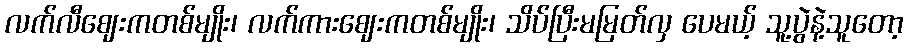
လက်လီဈေးကတစ်မျိုး၊ လက်ကားဈေးကတစ်မျိုး၊ သိပ်ပြီးမမြတ်လှ ပေမယ့် သူ့ပွဲနဲ့သူတော့